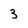
Character: 3